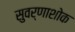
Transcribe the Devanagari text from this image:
सुवर्णाशोक